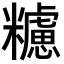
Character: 𥽜